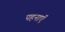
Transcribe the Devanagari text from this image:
पहनाऍं